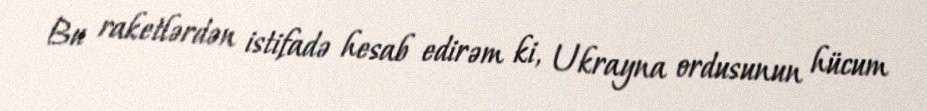
Bu raketlərdən istifadə hesab edirəm ki, Ukrayna ordusunun hücum